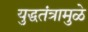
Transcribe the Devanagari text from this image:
युद्धतंत्रामुळे